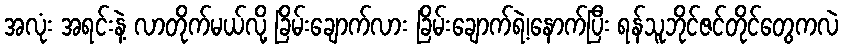
အလုံး အရင်းနဲ့ လာတိုက်မယ်လို့ ခြိမ်းချောက်လား ခြိမ်းချောက်ရဲ့၊နောက်ပြီး ရန်သူဘိုင်ဇင်တိုင်တွေကလဲ